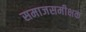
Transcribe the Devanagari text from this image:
समाजसमीक्षक